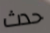
حدث